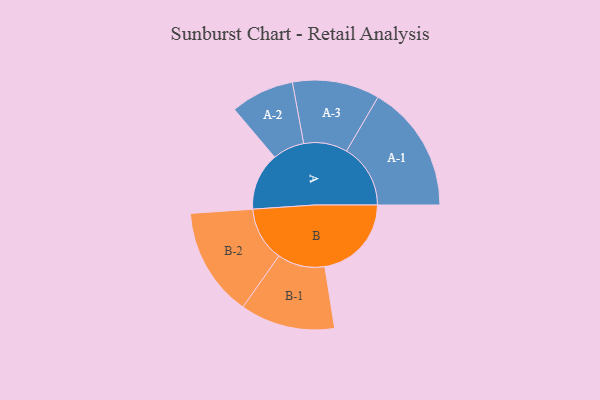
{"axis": {"x": "Segment", "y": "Value"}, "legend": ["", "A", "B"], "data": [{"x": "A", "y": 195, "type": ""}, {"x": "B", "y": 294, "type": ""}, {"x": "A-1", "y": 217, "type": "A"}, {"x": "A-2", "y": 108, "type": "A"}, {"x": "A-3", "y": 148, "type": "A"}, {"x": "B-1", "y": 161, "type": "B"}, {"x": "B-2", "y": 185, "type": "B"}]}